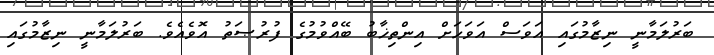
ބަރުލަމާނީ ނިޒާމުގައި އަވަސް އަވަހަށް އިންތިޚާބު ބޭއްވުމުގެ ފުރުޞަތު އޮވެއެވެ. ބަރުލަމާނީ ނިޒާމުގައި